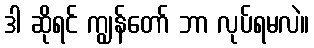
ဒါ ဆိုရင် ကျွန်တော် ဘာ လုပ်ရမလဲ။